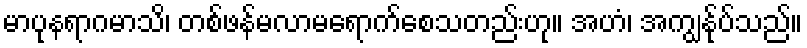
မာပုနရာဂမာသိ၊ တစ်ဖန်မလာမရောက်စေသတည်းဟု။ အဟံ၊ အကျွန်ုပ်သည်။